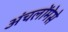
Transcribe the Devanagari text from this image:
अंचलोंमेसे